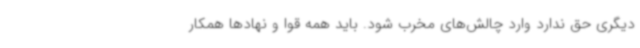
دیگری حق ندارد وارد چالش‌های مخرب شود. باید همه قوا و نهادها همکار